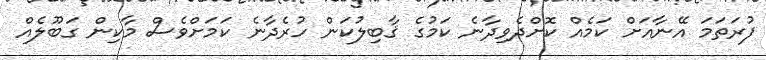
ފުރަތަމަ އޭނާއަށް ކަމެއް ކޮށްދެވިދާނެ ކަމުގެ ޤާބިލުކަން ހުރެދާނެ ކަމަށްވެސް މާކިން ގަބޫލެއް